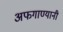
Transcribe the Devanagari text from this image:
अफगाण्यानी